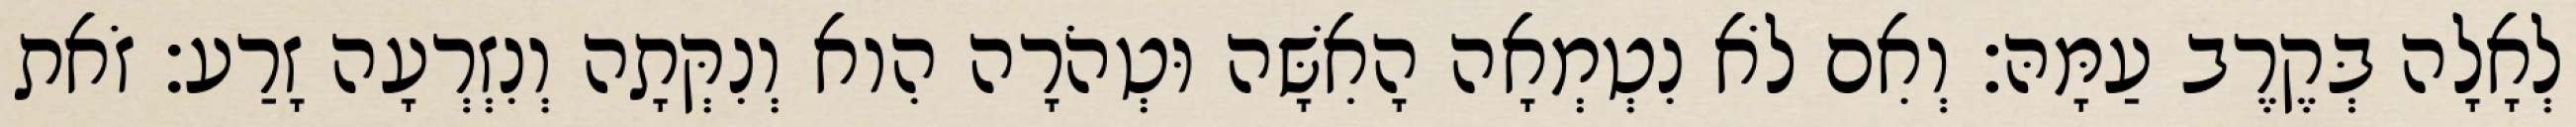
לְאָלָה בְּקֶרֶב עַמָּהּ׃ וְאִם לֹא נִטְמְאָה הָאִשָּׁה וּטְהֹרָה הִוא וְנִקְּתָה וְנִזְרְעָה זָרַע׃ זֹאת